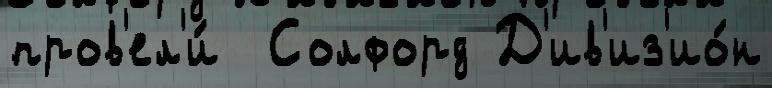
пров'ел'и́  Солфорд Д'ив'из'ио́н